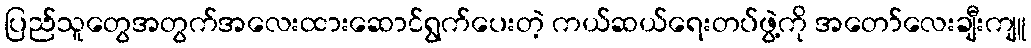
ပြည်သူတွေအတွက်အလေးထားဆောင်ရွက်ပေးတဲ့ ကယ်ဆယ်ရေးတပ်ဖွဲ့ကို အတော်လေးချီးကျူ